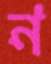
ন